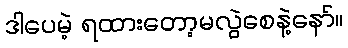
ဒါပေမဲ့ ရထားတော့မလွဲစေနဲ့နော်။